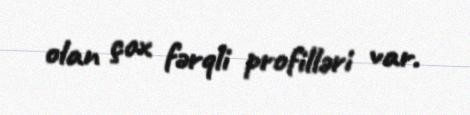
olan çox fərqli profilləri var.